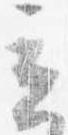
立